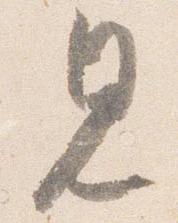
見